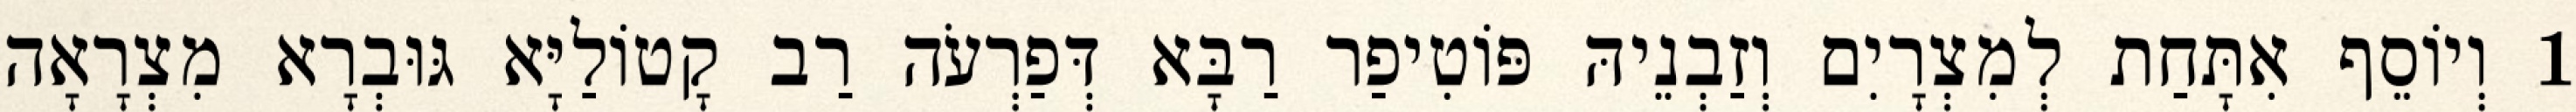
1 וְיוֹסֵף אִתָּחַת לְמִצְרָיִם וְזַבְנֵיהּ פּוֹטִיפַר רַבָּא דְּפַרְעֹה רַב קָטוֹלַיָּא גּוּבְרָא מִצְרָאָה